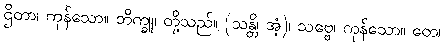
ဌိတာ၊ ကုန်သော။ ဘိက္ခူ၊ တို့သည်။ (သန္တိ၊ အံ့)၊ သဗ္ဗေ၊ ကုန်သော။ တေ၊